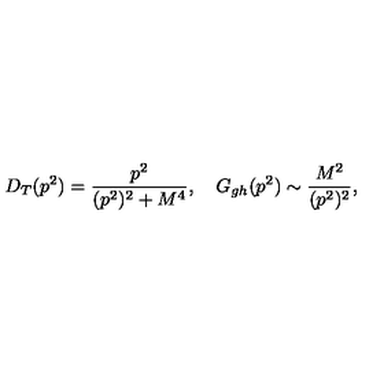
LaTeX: D _ { T } ( p ^ { 2 } ) = { \frac { p ^ { 2 } } { ( p ^ { 2 } ) ^ { 2 } + M ^ { 4 } } } , \quad G _ { g h } ( p ^ { 2 } ) \sim { \frac { M ^ { 2 } } { ( p ^ { 2 } ) ^ { 2 } } } ,